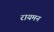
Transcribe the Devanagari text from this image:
रायमन